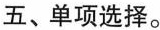
五、单项选择。